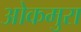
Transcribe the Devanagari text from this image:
ओकमुरा